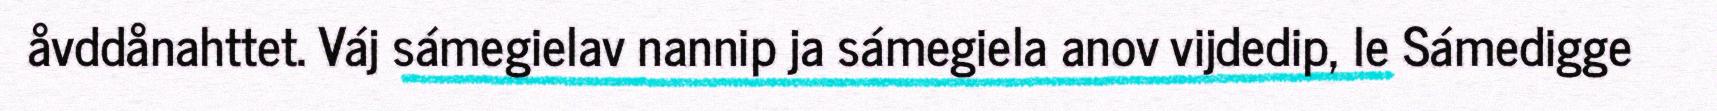
åvddånahttet. Váj sámegielav nannip ja sámegiela anov vijdedip, le Sámedigge